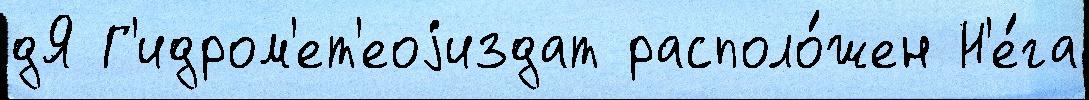
дЯ Г'идром'ет'еоjиздат располо́жен Н'е́га